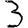
Digit: 3